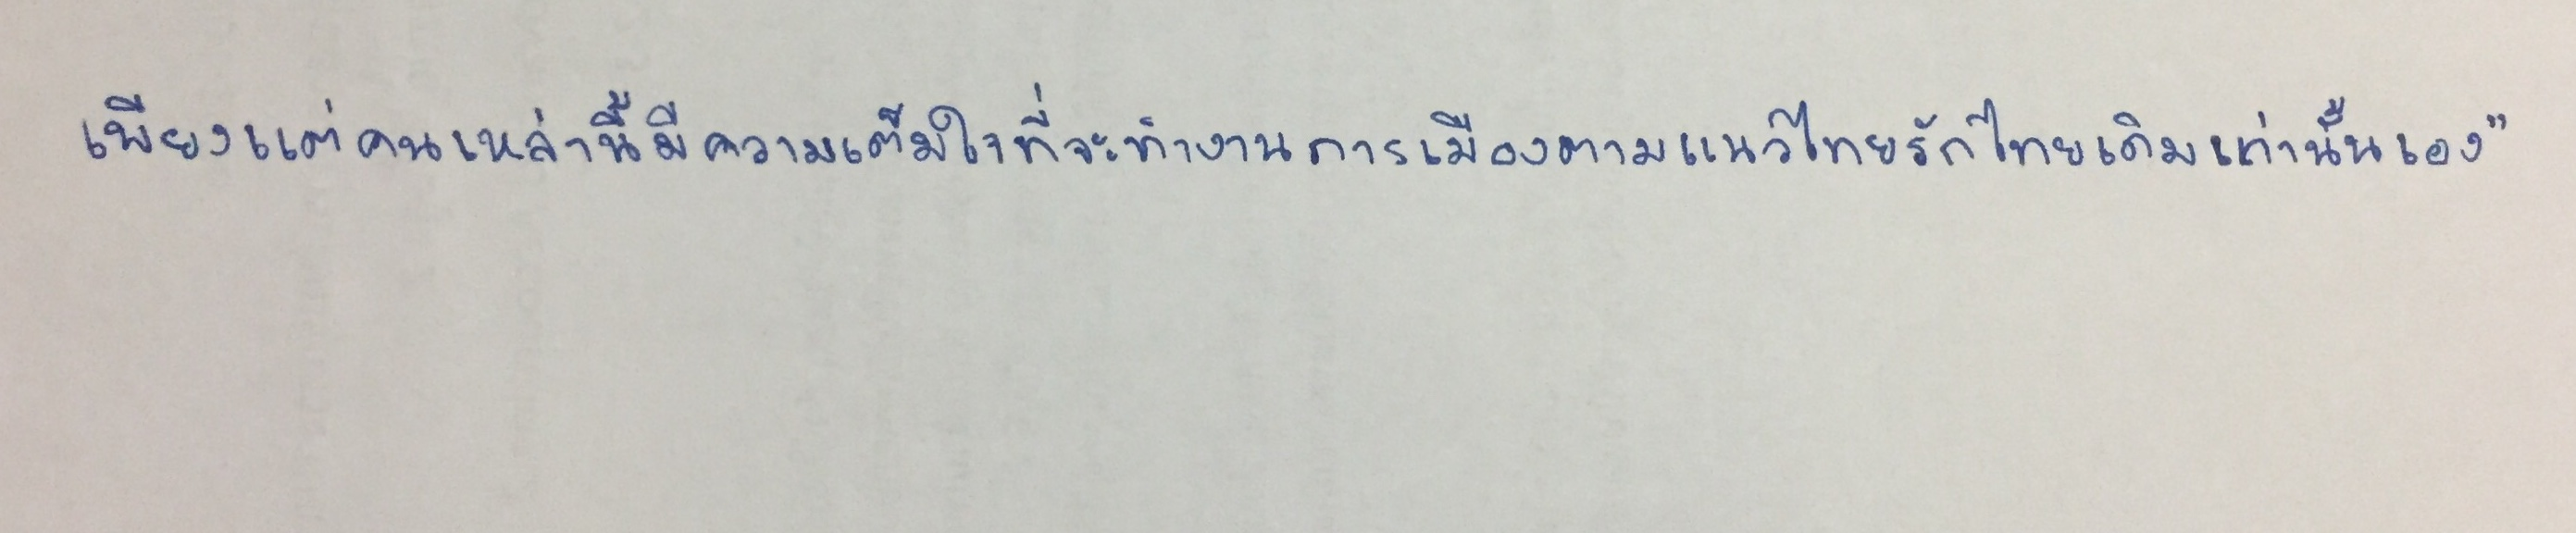
เพียงแต่คนเหล่านี้มีความเต็มใจที่จะทำงานการเมืองตามแนวไทยรักไทยเดิมเท่านั้นเอง"